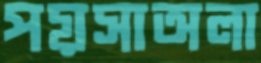
পয়সাঅলা